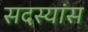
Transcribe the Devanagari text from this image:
सदस्यांस